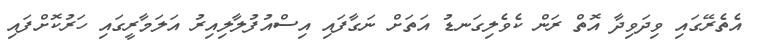
އެތެރޭގައި ވިދަވިދާ އޮތް ރަން ކެވެލިގަނޑު އަތަށް ނަގާފައި އިސްއުފުލާލިއިރު އަލަމާރީގައި ހަރުކޮށްފައި